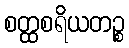
စတ္ထစရိယတဉ္စ